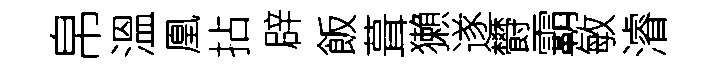
帛溫凰拈辟飯葺獺遂欎霸敏濬